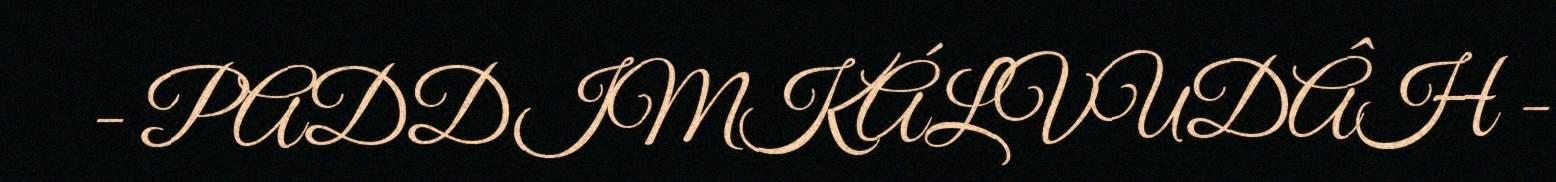
- PADDIMKÁLVUDÂH -